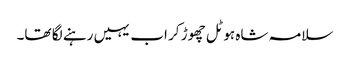
سلامہ شاہ ہوٹل چھوڑ کر اب یہیں رہنے لگا تھا۔